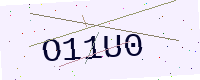
Text: O11U0